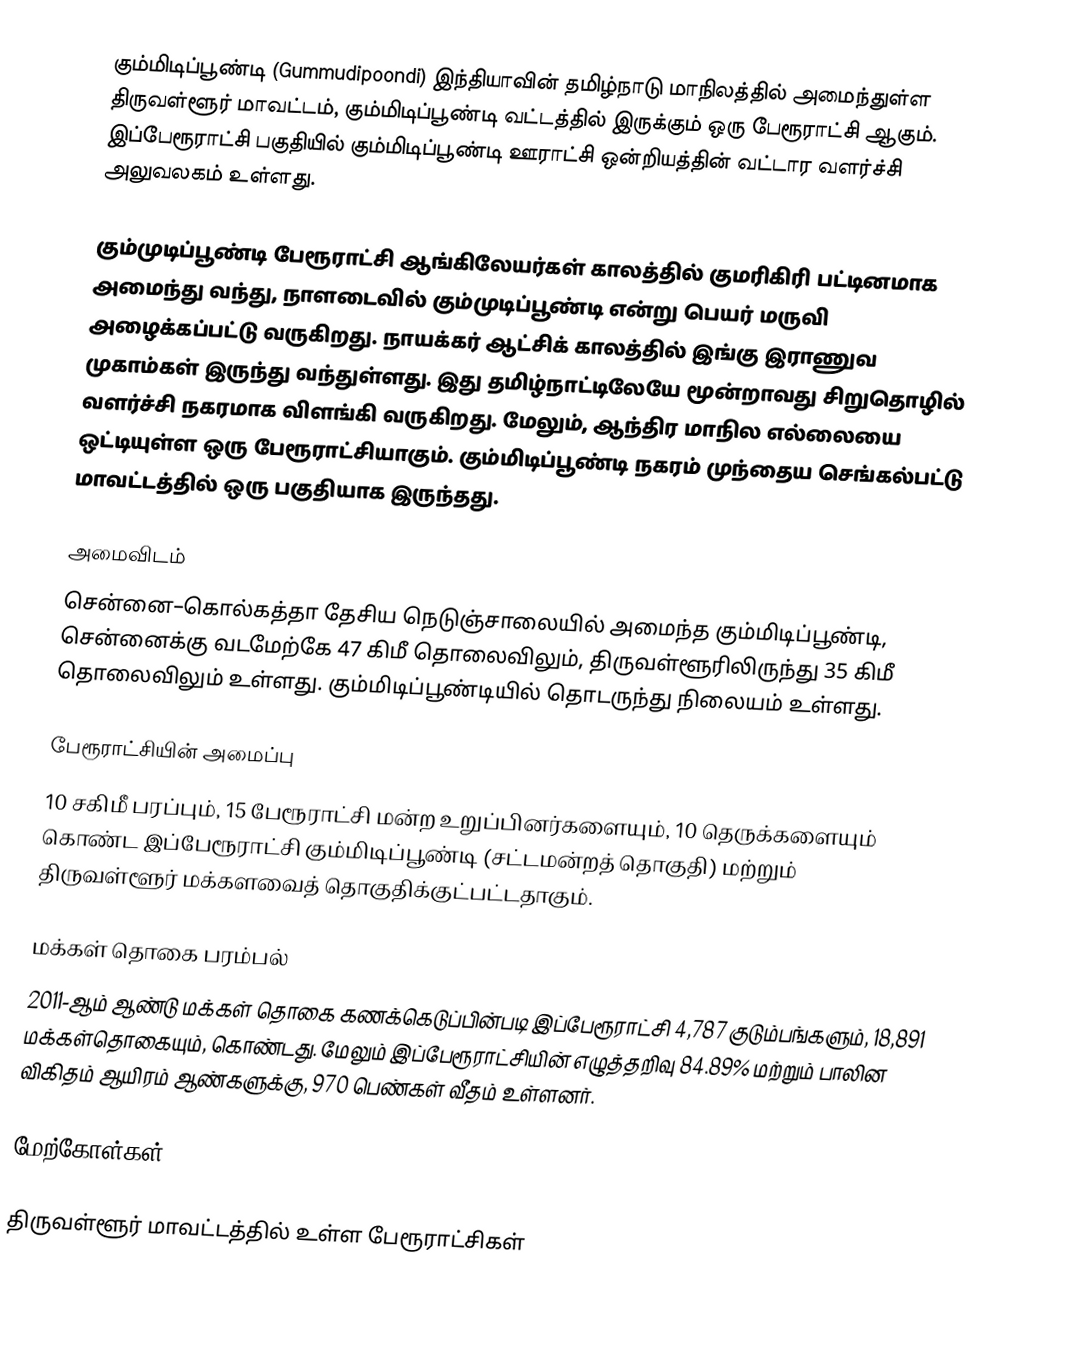
கும்மிடிப்பூண்டி (Gummudipoondi) இந்தியாவின் தமிழ்நாடு மாநிலத்தில் அமைந்துள்ள திருவள்ளூர் மாவட்டம், கும்மிடிப்பூண்டி வட்டத்தில் இருக்கும் ஒரு பேரூராட்சி ஆகும். இப்பேரூராட்சி பகுதியில் கும்மிடிப்பூண்டி ஊராட்சி ஒன்றியத்தின் வட்டார வளர்ச்சி அலுவலகம் உள்ளது.

கும்முடிப்பூண்டி பேரூராட்சி ஆங்கிலேயர்கள் காலத்தில் குமரிகிரி பட்டினமாக அமைந்து வந்து, நாளடைவில் கும்முடிப்பூண்டி என்று பெயர் மருவி அழைக்கப்பட்டு வருகிறது. நாயக்கர் ஆட்சிக் காலத்தில் இங்கு  இராணுவ முகாம்கள் இருந்து வந்துள்ளது. இது  தமிழ்நாட்டிலேயே மூன்றாவது சிறுதொழில் வளர்ச்சி நகரமாக விளங்கி வருகிறது. மேலும், ஆந்திர மாநில எல்லையை ஒட்டியுள்ள ஒரு பேரூராட்சியாகும். கும்மிடிப்பூண்டி நகரம் முந்தைய செங்கல்பட்டு மாவட்டத்தில் ஒரு பகுதியாக இருந்தது.

அமைவிடம்
சென்னை–கொல்கத்தா தேசிய நெடுஞ்சாலையில் அமைந்த கும்மிடிப்பூண்டி, சென்னைக்கு வடமேற்கே 47 கிமீ தொலைவிலும், திருவள்ளூரிலிருந்து 35 கிமீ தொலைவிலும் உள்ளது. கும்மிடிப்பூண்டியில் தொடருந்து நிலையம் உள்ளது.

பேரூராட்சியின் அமைப்பு
10 சகிமீ பரப்பும், 15 பேரூராட்சி மன்ற உறுப்பினர்களையும், 10 தெருக்களையும் கொண்ட இப்பேரூராட்சி கும்மிடிப்பூண்டி (சட்டமன்றத் தொகுதி) மற்றும் திருவள்ளூர் மக்களவைத் தொகுதிக்குட்பட்டதாகும்.

மக்கள் தொகை பரம்பல்
2011-ஆம் ஆண்டு மக்கள் தொகை கணக்கெடுப்பின்படி  இப்பேரூராட்சி 4,787   குடும்பங்களும், 18,891 மக்கள்தொகையும், கொண்டது. மேலும் இப்பேரூராட்சியின் எழுத்தறிவு  84.89%  மற்றும்  பாலின விகிதம்  ஆயிரம் ஆண்களுக்கு,   970 பெண்கள் வீதம் உள்ளனர்.

மேற்கோள்கள்

திருவள்ளூர் மாவட்டத்தில் உள்ள பேரூராட்சிகள்